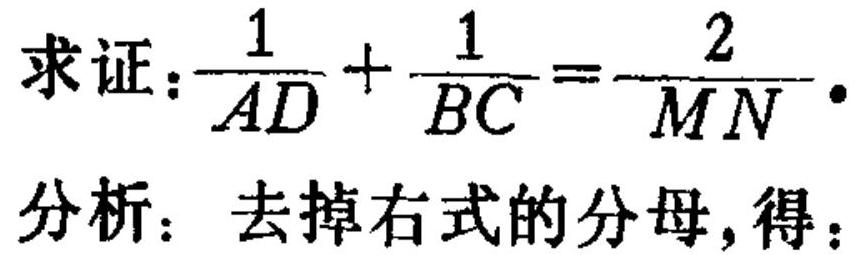
求证：\(\frac{1}{AD}+\frac{1}{BC}=-\frac{2}{MN}\)。
分析：去掉右式的分母，得：